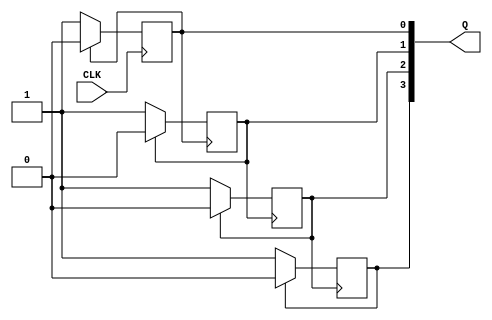
//CH2_F_SEP.V

module CH2_F_SEP(
	CLK,
	Q
);

input CLK;
output[3:0]Q;

reg [3:0]Q;

always @(posedge CLK)
begin
	if(Q[0]==1'b0)Q[0]=1'b1;
	else Q[0]=1'b0;
end

always @(negedge Q[0])
begin
	if(Q[1]==1'b0)Q[1]=1'b1;
	else Q[1]=1'b0;
end

always @(negedge Q[1])
begin
	if(Q[2]==1'b0)Q[2]=1'b1;
	else Q[2]=1'b0;
end

always @(negedge Q[2])
begin
	if(Q[3]==1'b0)Q[3]=1'b1;
	else Q[3]=1'b0;
end

endmodule